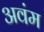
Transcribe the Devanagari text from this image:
अवंम